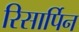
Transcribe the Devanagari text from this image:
रिसार्पिन